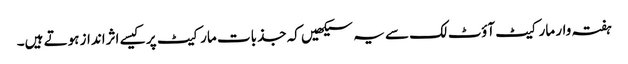
ہفتہ وار مارکیٹ آؤٹ لک سے یہ سیکھیں کہ جذبات مارکیٹ پر کیسے اثرانداز ہوتے ہیں۔